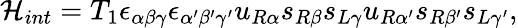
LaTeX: {\cal H}_{int}=T_{1}\epsilon_{\alpha\beta\gamma}\epsilon_{\alpha^{\prime}\beta^{\prime}\gamma^{\prime}}u_{R\alpha}s_{R\beta}s_{L\gamma}u_{R\alpha^{\prime}}s_{R\beta^{\prime}}s_{L\gamma^{\prime}},